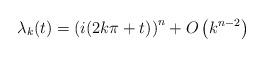
LaTeX: \begin{align*}\lambda_{k}(t)=\left( i(2k\pi+t)\right) ^{n}+O\left( k^{n-2}\right)\end{align*}